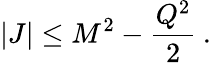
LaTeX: |J|\leq M^{2}-\frac{Q^{2}}{2}\: .